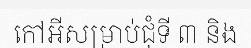
កៅអីសម្រាប់ជុំទី ៣ និង